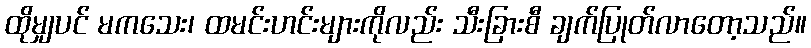
ထိုမျှပင် မကသေး၊ ထမင်းဟင်းများကိုလည်း သီးခြားစီ ချက်ပြုတ်လာတော့သည်။